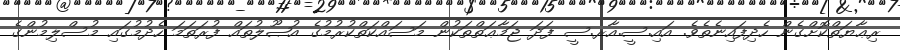
ރިޢާޔަތްކޮށްގެން ހެދިފައިނެތެވެ. އައި.ސީ.އާރ.ސީ ފަދަ ޖަމާޢަތްތަކުން މަސައްކަތްކުރުމުގެ އުޞޫލުތައް ފުރަތަމަ ހެދުމުގައި މުސްލިމުންގެ